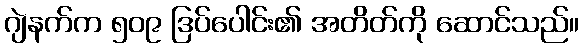
ဂျဲနက်က ၅၀၉ ဒြပ်ပေါင်း၏ အတိတ်ကို ဆောင်သည်။